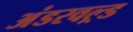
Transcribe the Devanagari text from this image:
अंडरवल्र्ड